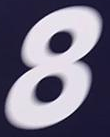
8